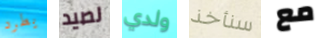
يطرد لصيد ولدي سنأخذ مع